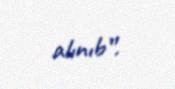
alınıb”.